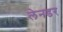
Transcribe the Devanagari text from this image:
लेनडर